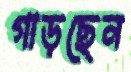
গাড়ছেন